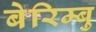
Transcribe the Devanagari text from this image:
बेरिम्बु